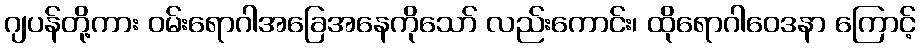
ဂျပန်တို့ကား ဝမ်းရောဂါအခြေအနေကိုသော် လည်းကောင်း၊ ထိုရောဂါဝေဒနာ ကြောင့်